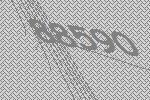
88590